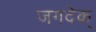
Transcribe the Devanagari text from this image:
जगदेक्